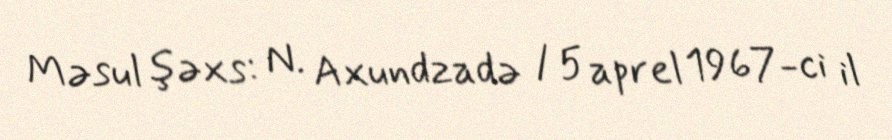
Məsul şəxs: N. Axundzadə / 5 aprel 1967-ci il